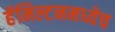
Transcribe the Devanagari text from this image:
हॅमिल्टनमध्येच